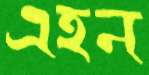
এহন